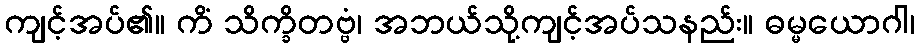
ကျင့်အပ်၏။ ကိံ သိက္ခိတဗ္ဗံ၊ အဘယ်သို့ကျင့်အပ်သနည်း။ ဓမ္မယောဂါ၊